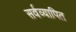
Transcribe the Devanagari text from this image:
सर्वव्यापित